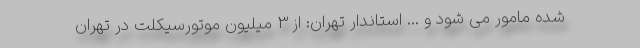
شده مامور می شود و ... استاندار تهران: از 3 میلیون موتورسیکلت در تهران